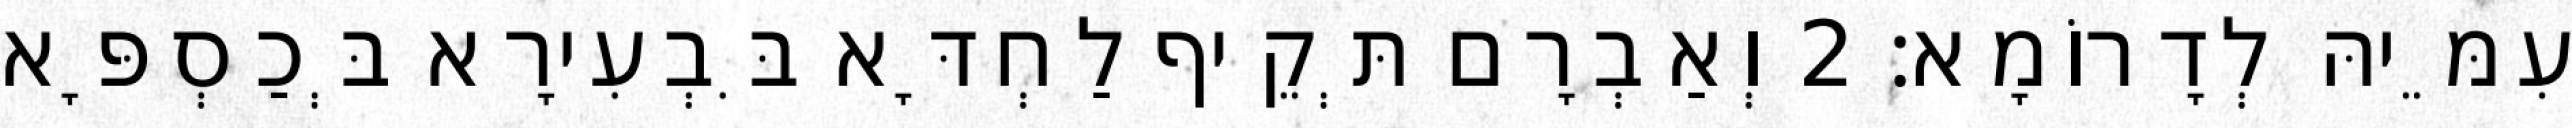
עִמֵּיהּ לְדָרוֹמָא׃ 2 וְאַבְרָם תְּקֵיף לַחְדָּא בִּבְעִירָא בְּכַסְפָּא